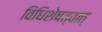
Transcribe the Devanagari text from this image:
विधिशेषत्वात्